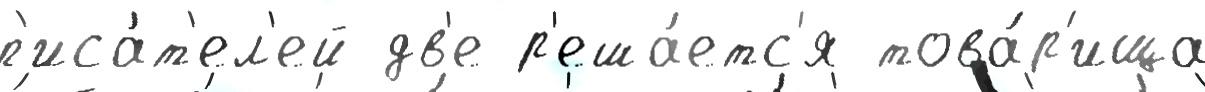
п'иса́т'ел'ей дв'е р'еша́етс'я това́р'ища